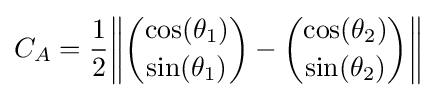
C_{A}={\frac {1}{2}}{\begin{Vmatrix}{\dbinom {\cos(\theta _{1})}{\sin(\theta _{1})}}-{\dbinom {\cos(\theta _{2})}{\sin(\theta _{2})}}\end{Vmatrix}}